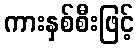
ကားနှစ်စီးဖြင့်